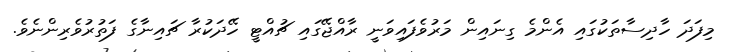
މިފަދަ ހާދިސާތަކުގައި އެންމެ ގިނައިން މަރުވެފައިވަނީ ރާއްޖޭގައި ޗުއްޓީ ހޭދަކުރާ ޗައިނާގެ ފަތުރުވެރިންނެވެ.